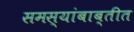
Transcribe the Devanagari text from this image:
समस्यांबाब्तीत